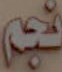
نجم